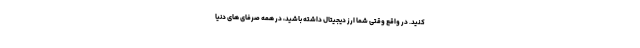
کنید. در واقع وقتی شما ارز دیجیتال داشته باشید، در همه صرفای های دنیا